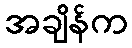
အချိန်က